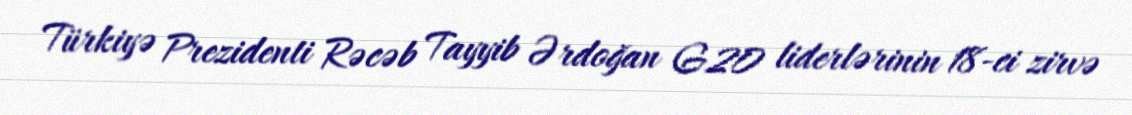
Türkiyə Prezidenti Rəcəb Tayyib Ərdoğan G20 liderlərinin 18-ci zirvə